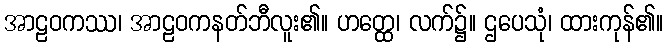
အာဠဝကဿ၊ အာဠဝကနတ်ဘီလူး၏။ ဟတ္ထေ၊ လက်၌။ ဌပေသုံ၊ ထားကုန်၏။